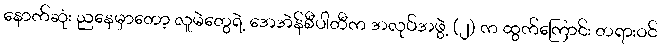
နောက်ဆုံး ညနေမှာတော့ လူမဲတွေရဲ့ အေအဲန်စီပါတီက အလုပ်အဖွဲ့ (၂) က ထွက်ကြောင်း တရားဝင်